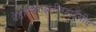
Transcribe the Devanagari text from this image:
टेट्रामिथाइलीनडाईमीन